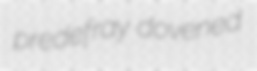
predefray dovened